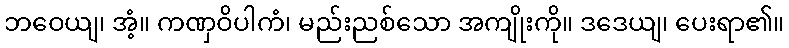
ဘဝေယျ၊ အံ့။ ကဏှဝိပါကံ၊ မည်းညစ်သော အကျိုးကို။ ဒဒေယျ၊ ပေးရာ၏။